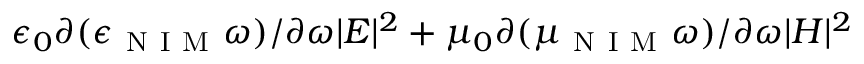
\epsilon _ { 0 } \partial ( \epsilon _ { \mathrm { ~ N ~ I ~ M ~ } } \omega ) / \partial \omega | E | ^ { 2 } + \mu _ { 0 } \partial ( \mu _ { \mathrm { ~ N ~ I ~ M ~ } } \omega ) / \partial \omega | H | ^ { 2 }